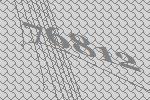
76812